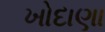
ખોદાણા